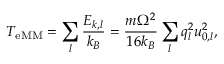
T _ { \mathrm { e M M } } = \sum _ { l } \frac { E _ { k , l } } { k _ { B } } = \frac { m \Omega ^ { 2 } } { 1 6 k _ { B } } \sum _ { l } q _ { l } ^ { 2 } u _ { 0 , l } ^ { 2 } ,